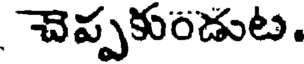
చెప్పకుండుట.